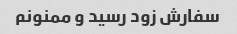
سفارش زود رسید و ممنونم